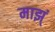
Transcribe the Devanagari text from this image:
माझ्ं